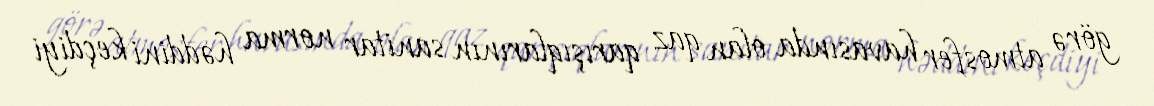
görə atmosfer havasında olan qaz qarışıqlarının sanitar norma həddini keçdiyi